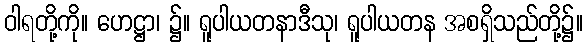
ဝါရတို့ကို။ ဟေဋ္ဌာ၊ ၌။ ရူပါယတနာဒီသု၊ ရူပါယတန အစရှိသည်တို့၌။